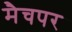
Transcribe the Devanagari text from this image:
मैचपर